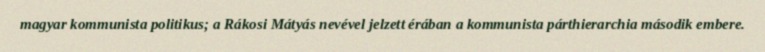
magyar kommunista politikus; a Rákosi Mátyás nevével jelzett érában a kommunista párthierarchia második embere.